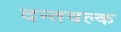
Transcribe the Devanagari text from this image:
दन्तवल्क